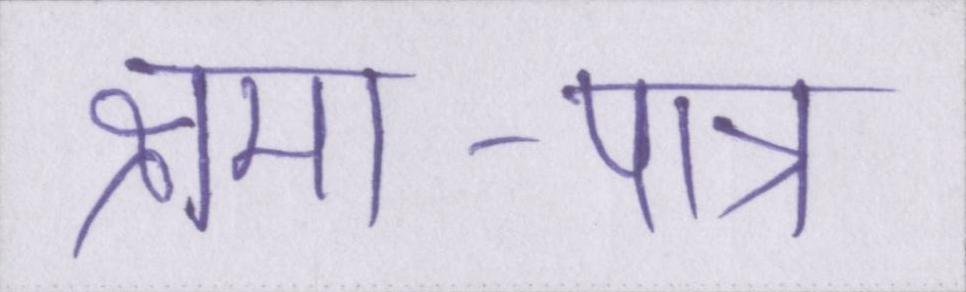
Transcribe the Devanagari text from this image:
क्षमा-पात्र